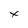
Character: x